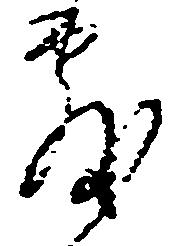
敷